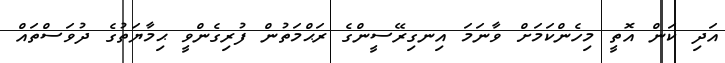
އަދި ކަން އޮތީ މިހެންކަމަށް ވާނަމަ އިނގިރޭސީންގެ ރަޙްމަތުން ފުރިގެންވީ ޙިމާޔަތުގެ ދުވަސްތައް